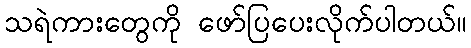
သရဲကားတွေကို ဖော်ပြပေးလိုက်ပါတယ်။